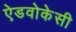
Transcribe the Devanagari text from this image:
ऐडवोकेसी